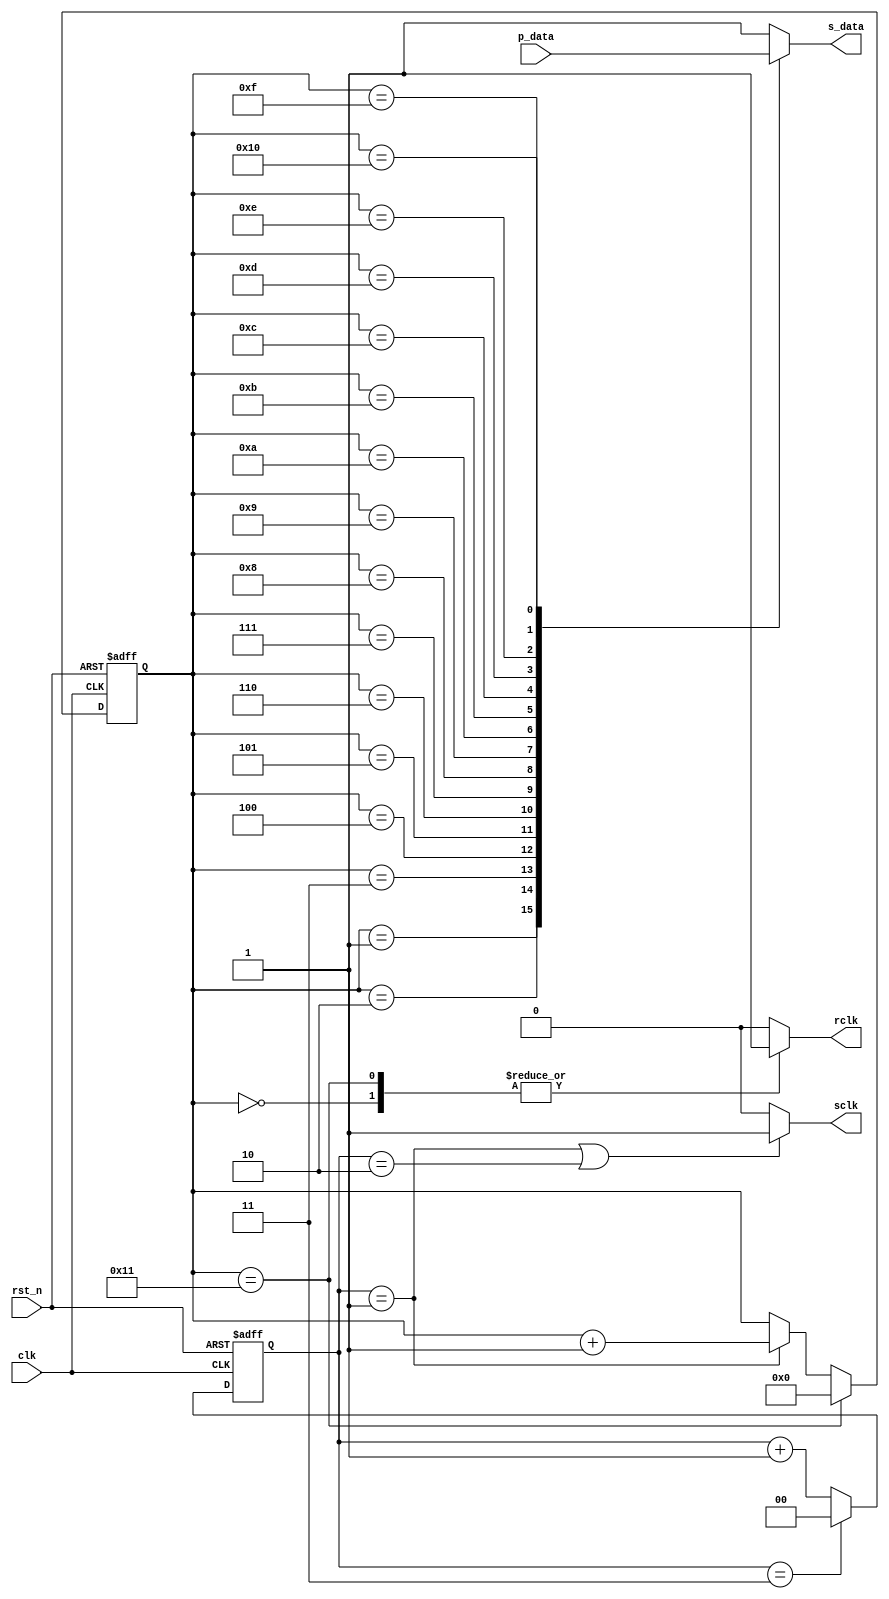
module HC595_driver(
    clk, rst_n, p_data, s_data, sclk, rclk
    );

    input wire clk;
    input wire rst_n;
    input wire [15:0] p_data;//p_data[15:8] = seg[7:0], p_data[7:0] = sel[7:0]

    output wire sclk;//74HC595 read 1 bit from serial port (s_data) every posedge of sclk. Frequency should be 12.5MHz according to datasheet.
    //for successful reading, 1bit data need to stay still until the next posedge of sclk come, the only time we can change it is while in the vicinity of negedge.
    output reg s_data;//serial data output
    output reg rclk;//save bits and output to the parallel port at rclk's posedge(impulse)


    

    //clk_divider: 50MHz to 12.5MHz
    reg [1:0] divider_cnt;
    
    always @(posedge clk, negedge rst_n) begin
        if(!rst_n)
            divider_cnt <= 0;
        else if(divider_cnt == 3)
            divider_cnt <= 0;
        else
            divider_cnt <= divider_cnt + 1;
    end

    assign sclk = (divider_cnt == 1 | divider_cnt == 2)?1:0;
    

    wire sclk_impulse;
    assign sclk_impulse = (divider_cnt == 1);

    reg [4:0] sclk_impulse_cnt;
    
    always @(posedge clk, negedge rst_n) begin
        if(!rst_n)
            sclk_impulse_cnt <= 0;
        else if(sclk_impulse_cnt == 17)
            sclk_impulse_cnt <= 0;
        else if(sclk_impulse == 1)
            sclk_impulse_cnt <= sclk_impulse_cnt + 1;
        else
            sclk_impulse_cnt <= sclk_impulse_cnt;
    end


    always @(*) begin
        case (sclk_impulse_cnt)
            0: begin
                rclk <= 1;
                s_data <= 1;
            end
            1: begin
                rclk <= 0;
                s_data <= p_data[15];
            end
            2: begin
                rclk <= 0;
                s_data <= p_data[14];
            end
            3: begin
                rclk <= 0;
                s_data <= p_data[13];
            end
            4: begin
                rclk <= 0;
                s_data <= p_data[12];
            end
            5: begin
                rclk <= 0;
                s_data <= p_data[11];
            end
            6: begin
                rclk <= 0;
                s_data <= p_data[10];
            end
            7: begin
                rclk <= 0;
                s_data <= p_data[9];
            end
            8: begin
                rclk <= 0;
                s_data <= p_data[8];
            end
            9: begin
                rclk <= 0;
                s_data <= p_data[7];
            end
            10: begin
                rclk <= 0;
                s_data <= p_data[6];
            end
            11: begin
                rclk <= 0;
                s_data <= p_data[5];
            end
            12: begin
                rclk <= 0;
                s_data <= p_data[4];
            end
            13: begin
                rclk <= 0;
                s_data <= p_data[3];
            end
            14: begin
                rclk <= 0;
                s_data <= p_data[2];
            end
            15: begin
                rclk <= 0;
                s_data <= p_data[1];
            end
            16: begin
                rclk <= 0;
                s_data <= p_data[0];
            end
            17: begin
                rclk <= 1;
                s_data <= 1;
            end
            default: begin
                rclk <= 0;
                s_data <= 1;
            end    
        endcase
    end


endmodule